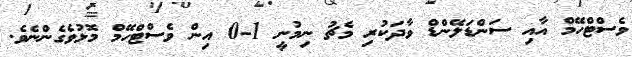
ވެސްޓްހޭމް އާއި ސަންޑަލޭންޑް ވާދަކުރި މެޗު ނިމުނީ 1-0 އިން ވެސްޓްހޭމް މޮޅުވެގެންނެވެ.